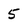
Character: 5